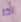
اذا